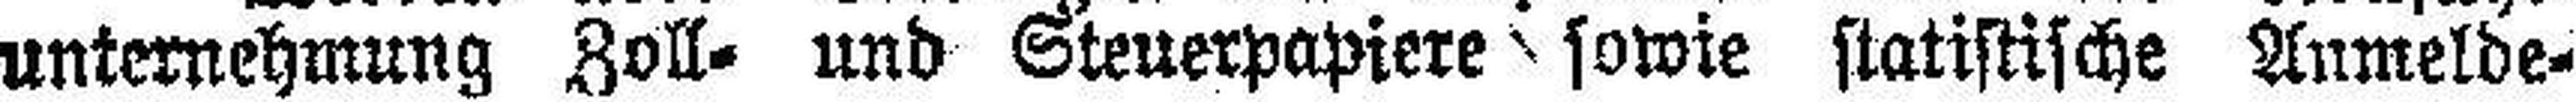
unternehmung Zoll- und Steuerpapiere sowie statistische Anmelde¬